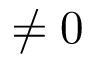
\neq 0